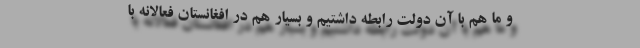
و ما هم با آن دولت رابطه داشتیم و بسیار هم در افغانستان فعالانه با